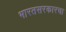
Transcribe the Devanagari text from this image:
भारतसरकारचा